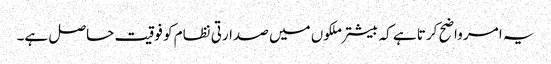
یہ امر واضح کرتا ہے کہ بیشتر ملکوں میں صدارتی نظام کو فوقیت حاصل ہے۔